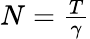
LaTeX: \begin{array}{r}{N=\frac{T}{\gamma}}\end{array}